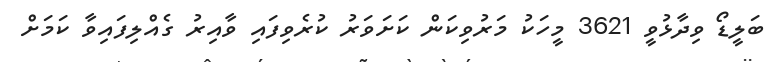
ބަލީޑޯ ވިދާޅުވީ 3621 މީހަކު މަރުވިކަން ކަށަވަރު ކުރެވިފައި ވާއިރު ގެއްލިފައިވާ ކަމަށް